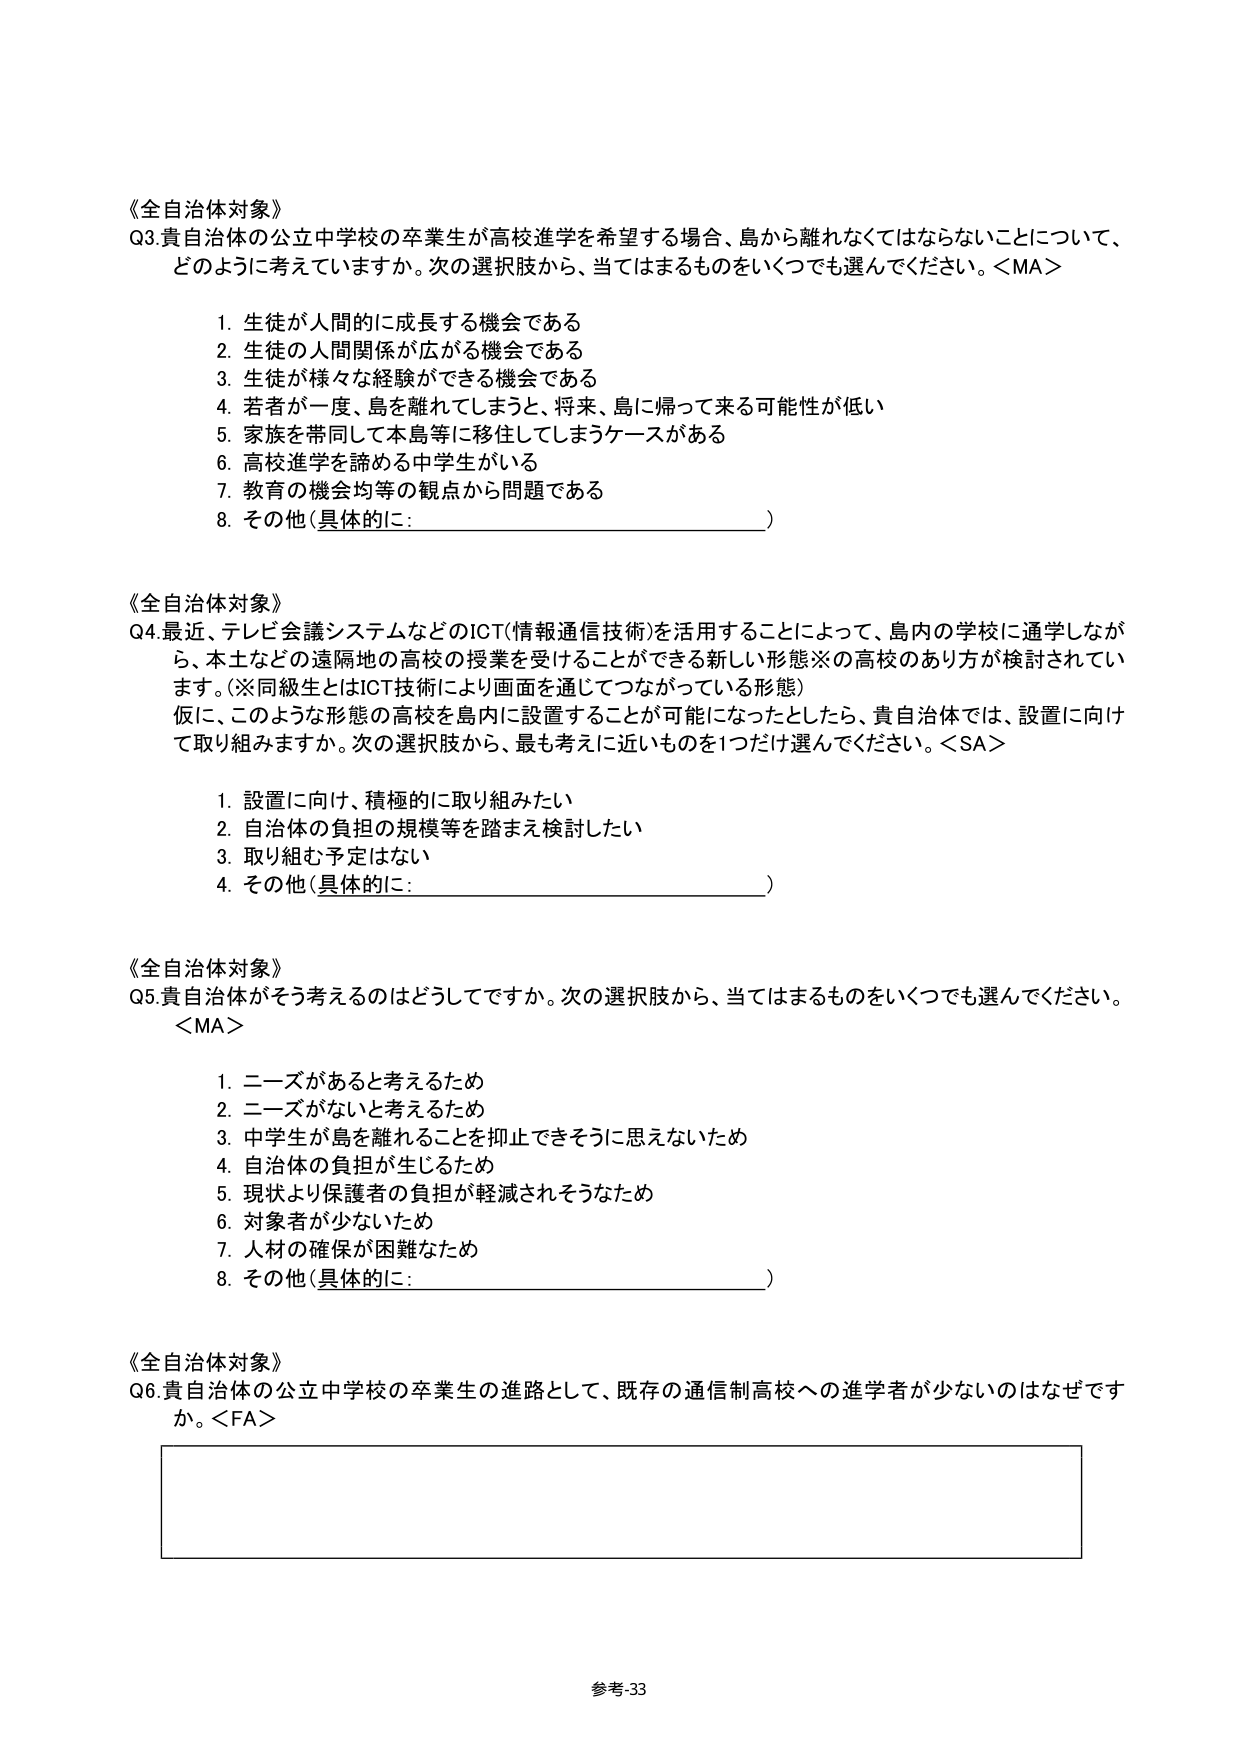
《全自治体対象》
Q3.貴自治体の公立中学校の卒業生が高校進学を希望する場合、島から離れなくてはならないことについて、
どのように考えていますか。次の選択肢から、当てはまるものをいくつでも選んでください。<MA>

1. 生徒が人間的に成長する機会である
2. 生徒の人間関係が広がる機会である
3. 生徒が様々な経験ができる機会である
4. 若者が一度、島を離れてしまうと、将来、島に帰って来る可能性が低い
5. 家族を帯同して本島等に移住してしまうケースがある
6. 高校進学を諦める中学生がいる
7. 教育の機会均等の観点から問題である
8. その他（具体的に：________________________）

《全自治体対象》
Q4.最近、テレビ会議システムなどのICT（情報通信技術）を活用することによって、島内の学校に通学しなが
ら、本土などの遠隔地の高校の授業を受けることができる新しい形態※の高校のあり方が検討されてい
ます。（※同級生とはICT技術により画面を通じてつながっている形態）
仮に、このような形態の高校を島内に設置することが可能になったとしたら、貴自治体では、設置に向け
て取り組みますか。次の選択肢から、最も考えに近いものを1つだけ選んでください。<SA>

1. 設置に向け、積極的に取り組みたい
2. 自治体の負担の規模等を踏まえ検討したい
3. 取り組む予定はない
4. その他（具体的に：________________________）

《全自治体対象》
Q5.貴自治体がそう考えるのはどうしてですか。次の選択肢から、当てはまるものをいくつでも選んでください。
<MA>

1. ニーズがあると考えるため
2. ニーズがないと考えるため
3. 中学生が島を離れることを抑止できそうに思えないため
4. 自治体の負担が生じるため
5. 現状より保護者の負担が軽減されそうなため
6. 対象者が少ないため
7. 人材の確保が困難なため
8. その他（具体的に：________________________）

《全自治体対象》
Q6.貴自治体の公立中学校の卒業生の進路として、既存の通信制高校への進学者が少ないのはなぜです
か。<FA>

参考-33